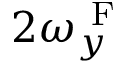
2 \omega _ { y } ^ { \mathrm { ~ F ~ } }